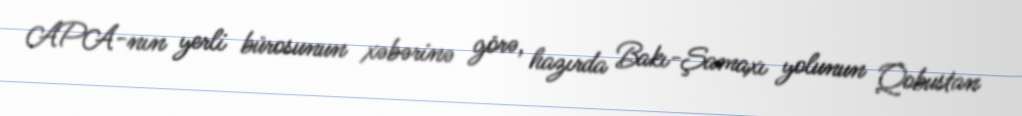
APA-nın yerli bürosunun xəbərinə görə, hazırda Bakı-Şamaxı yolunun Qobustan